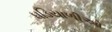
ઘડિયાળીઓ